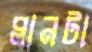
প্লানটা